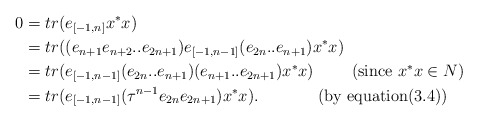
\begin{align*} 0 & = tr(e_{[-1,n]}x^*x) \\ &= tr((e_{n+1}e_{n+2}..e_{2n+1})e_{[-1,n-1]}(e_{2n}..e_{n+1})x^*x)\\ & = tr(e_{[-1,n-1]}(e_{2n}..e_{n+1})(e_{n+1}..e_{2n+1})x^*x)~~~~~~~(\textrm{since}~ x^*x\in N)\\ & = tr(e_{[-1,n-1]}({\tau}^{n-1}e_{2n}e_{2n+1})x^*x).~~~~~~~~~~~(\textrm{by~equation}(3.4))\end{align*}